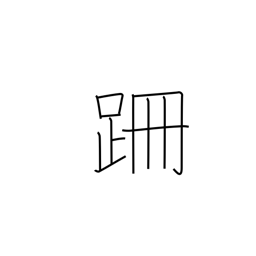
Meaning: stumble